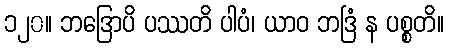
၁၂၀။ ဘဒြောပိ ပဿတိ ပါပံ၊ ယာဝ ဘဒြံ န ပစ္စတိ။